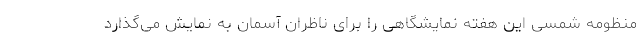
منظومه شمسی این هفته نمایشگاهی را برای ناظران آسمان به نمایش می‌گذارد